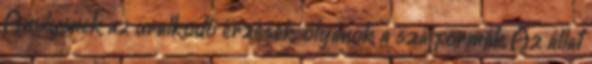
Amilyenek az uralkodó érzések, olyanok a szájformák Az állat